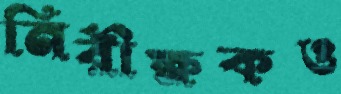
নিরীক্ষকও